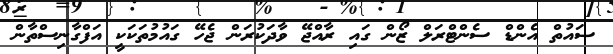
ސައުތް އެންޑް ސެންޓްރަލް ޒޯން ގައި ރާއްޖޭ ވާދަކުރަން ޖެހޭ ގައުމުތަކަކީ އަފްގާނިސްތާން